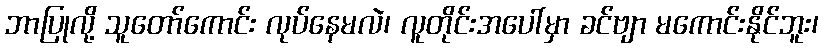
ဘာပြုလို့ သူတော်ကောင်း လုပ်နေမလဲ၊ လူတိုင်းအပေါ်မှာ ခင်ဗျာ မကောင်းနိုင်ဘူး၊